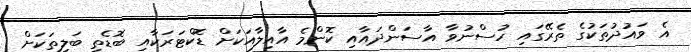
އެ ވައުދުތަކުގެ ތެރޭގައި ހުސްނުވާ އާސަންދައާއި ކޮންމެ އާއިލާއަކަށް ޑޮކްޓަރަކާއި ބޮޑެތި ބަލިތަކަށް